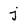
Character: j